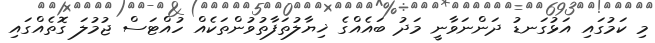
މި ކަމުގައި އަޅުގަނޑު ދަންނަވާނީ މަދު ބައެއްގެ ޚިޔާލުތަފާތުވުންތަކެއް ހުއްޓަސް ޖުމުލަ ގޮތެއްގައި